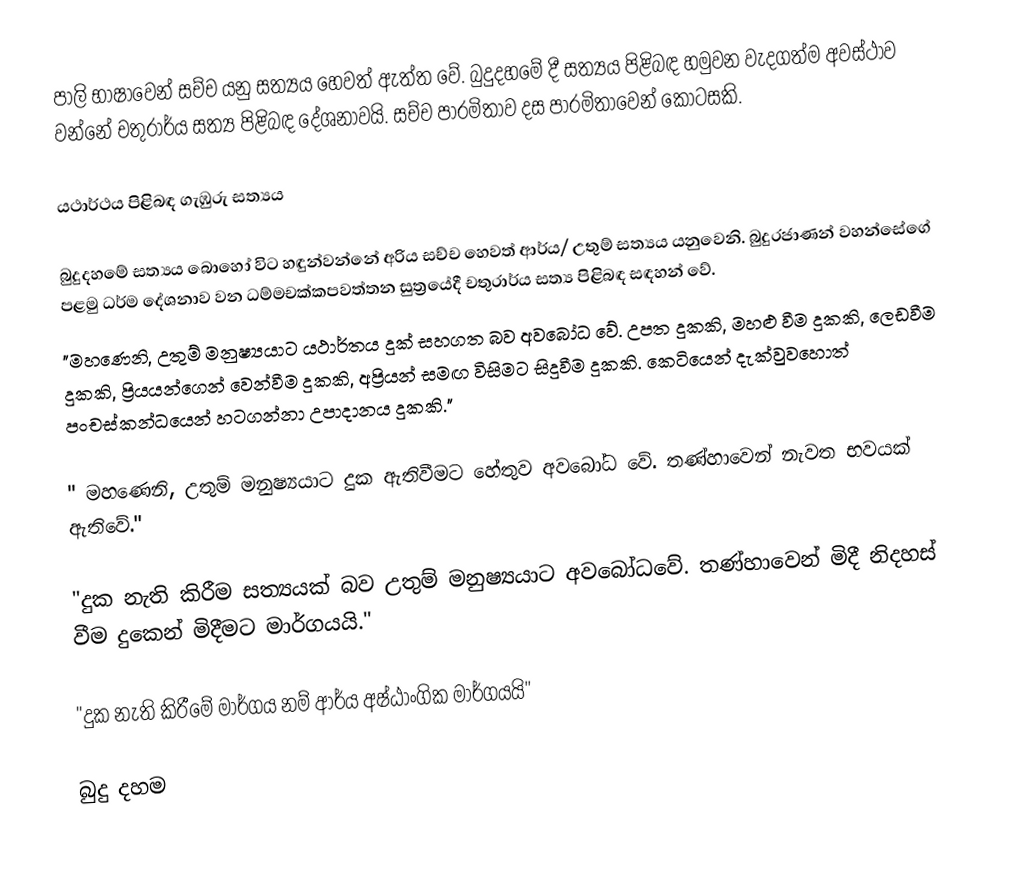
පාලි භාෂාවෙන් සච්ච යනු සත්‍යය හෙවත් ඇත්ත වේ. බුදුදහමේ දී සත්‍යය පිළිබඳ හමුවන වැදගත්ම අවස්ථාව වන්නේ චතුරාර්ය සත්‍ය පිළිබඳ දේශනාවයි. සච්ච පාරමිතාව දස පාරමිතාවෙන් කොටසකි.

යථාර්ථය පිළිබඳ ගැඹුරු සත්‍යය

බුදුදහමේ සත්‍යය බොහෝ විට හඳුන්වන්නේ අරිය සච්ච හෙවත් ආර්ය/ උතුම් සත්‍යය යනුවෙනි. බුදුරජාණන් වහන්සේගේ පළමු ධර්ම දේශනාව වන ධම්මචක්කපවත්තන සුත්‍රයේදී චතුරාර්ය සත්‍ය පිළිබඳ සඳහන් වේ.
"මහණෙනි, උතුම් මනුෂ්‍යයාට යථාර්තය දුක් සහගත බව අවබෝධ වේ. උපත දුකකි, මහළු වීම දුකකි, ලෙඩවීම දුකකි, ප්‍රියයන්ගෙන් වෙන්වීම දුකකි, අප්‍රියන් සමඟ විසිමට සිදුවීම දුකකි. කෙටියෙන් දැක්වුවහොත් පංචස්කන්ධයෙන් හටගන්නා උපාදානය දුකකි."

" මහණෙනි, උතුම් මනුෂ්‍යයාට දුක ඇතිවීමට හේතුව අවබෝධ වේ. තණ්හාවෙන් නැවත භවයක් ඇතිවේ."

"දුක නැති කිරීම සත්‍යයක් බව උතුම් මනුෂ්‍යයාට අවබෝධවේ. තණ්හාවෙන් මිදී නිදහස් වීම දුකෙන් මිදීමට මාර්ගයයි."

"දුක නැති කිරීමේ මාර්ගය නම් ආර්ය අෂ්ඨාංගික මාර්ගයයි"

බුදු දහම